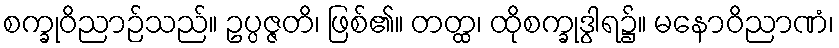
စက္ခုဝိညာဉ်သည်။ ဥပ္ပဇ္ဇတိ၊ ဖြစ်၏။ တတ္ထ၊ ထိုစက္ခုဒွါရ၌။ မနောဝိညာဏံ၊